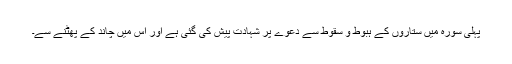
پہلی سورہ میں ستاروں کے ہبوط و سقوط سے دعوے پر شہادت پیش کی گئی ہے اور اس میں چاند کے پھٹنے سے۔